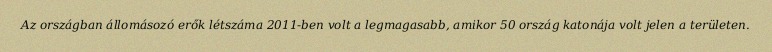
Az országban állomásozó erők létszáma 2011-ben volt a legmagasabb, amikor 50 ország katonája volt jelen a területen.